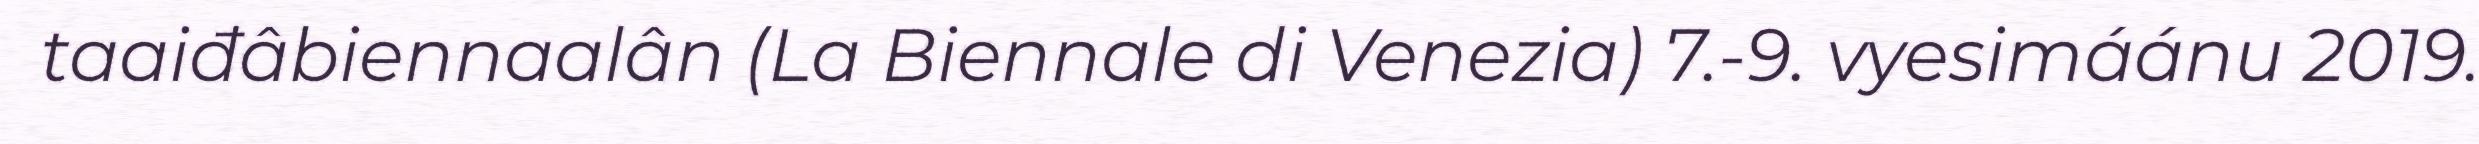
taaiđâbiennaalân (La Biennale di Venezia) 7.-9. vyesimáánu 2019.